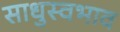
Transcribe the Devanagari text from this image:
साधुस्वभाव